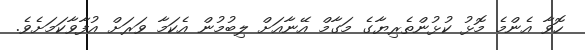
ހޮވާ އެންމެ މޮޅު ކުޅުންތެރިޔާގެ މަގާމް އޭނާއަށް ލިބުމުން އެކަމާ ވަރަށް އުފާވާކަމަށެވެ.